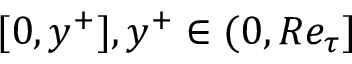
[ 0 , y ^ { + } ] , y ^ { + } \in ( 0 , R e _ { \tau } ]